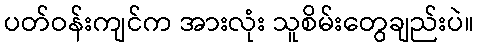
ပတ်ဝန်းကျင်က အားလုံး သူစိမ်းတွေချည်းပဲ။